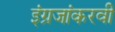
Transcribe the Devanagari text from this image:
इंग्रजांकरवी